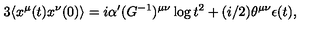
3 \langle x ^ { \mu } ( t ) x ^ { \nu } ( 0 ) \rangle = i \alpha ^ { \prime } ( G ^ { - 1 } ) ^ { \mu \nu } \log t ^ { 2 } + ( i / 2 ) \theta ^ { \mu \nu } \epsilon ( t ) ,